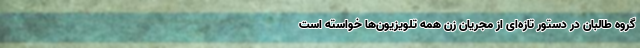
گروه طالبان در دستور تازه‌ای از مجریان زن همه تلویزیون‌ها خواسته است